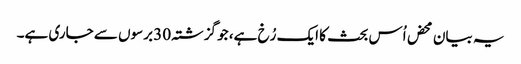
یہ بیان محض اُس بحث کا ایک رُخ ہے، جو گزشتہ 30 برسوں سے جاری ہے۔